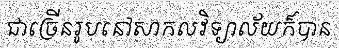
ជាច្រើនរូបនៅសាកលវិទ្យាល័យក៏បាន